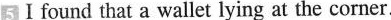
5 I found that a wallet lying at the corner.